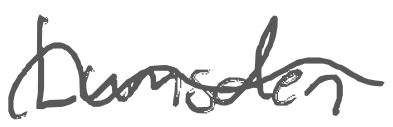
Text: Lumsden
Cross-out: mix
Writing tool: digital_gray